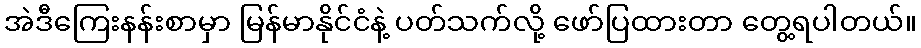
အဲဒီကြေးနန်းစာမှာ မြန်မာနိုင်ငံနဲ့ ပတ်သက်လို့ ဖော်ပြထားတာ တွေ့ရပါတယ်။